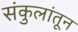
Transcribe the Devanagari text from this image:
संकुलांतून